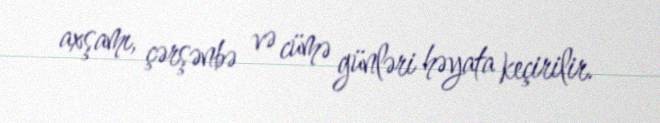
axşamı, çərşənbə və cümə günləri həyata keçirilir.